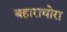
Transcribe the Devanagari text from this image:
बहाराघोरा